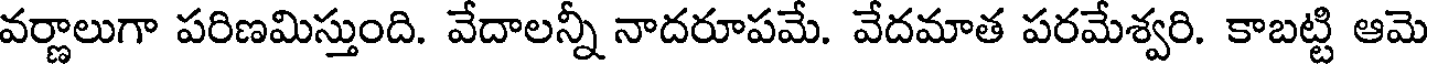
వర్ణాలుగా పరిణమిస్తుంది. వేదాలన్నీ నాదరూపమే. వేదమాత పరమేశ్వరి. కాబట్టి ఆమె